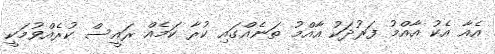
އެއާ އެކު އާއްމު ފަރުދަކު އާއްމު ތަނެއްގައި ކުރާ ކަމެއް ރައީސް ކުރެއްވުމަކީ